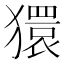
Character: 獧